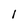
Character: 1